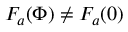
F _ { a } ( \Phi ) \neq F _ { a } ( 0 )